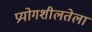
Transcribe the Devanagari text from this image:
प्रयोगशीलतेला